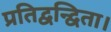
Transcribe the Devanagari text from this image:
प्रतिद्वन्द्विता।